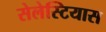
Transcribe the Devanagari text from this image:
सेलेस्टियास